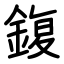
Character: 鍑